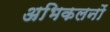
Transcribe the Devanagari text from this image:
अभिकलनों